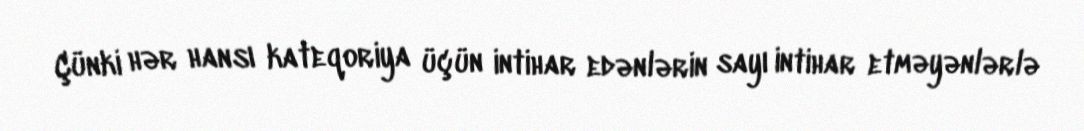
Çünki hər hansı kateqoriya üçün intihar edənlərin sayı intihar etməyənlərlə